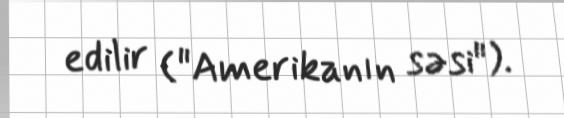
edilir ("Amerikanın səsi").